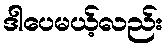
ဒါပေမယ့်လည်း